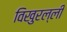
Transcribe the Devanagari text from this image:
विखुरल्ली